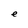
Character: e